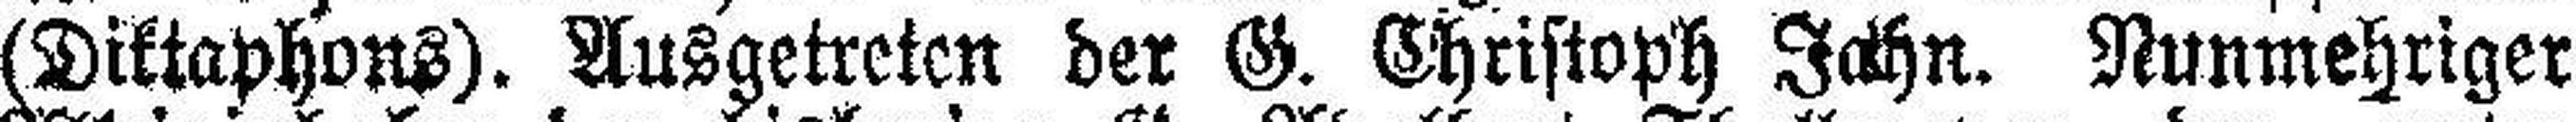
(Diktaphons). Ausgetreten der G. Christoph John. Runmehriger